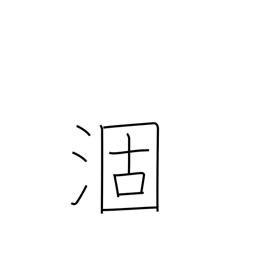
Meaning: mature